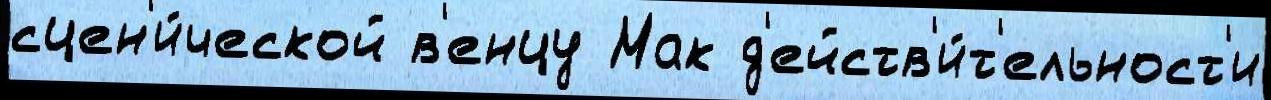
сцен'и́ческой в'енцу Мак д'ейств'и́т'ельност'и